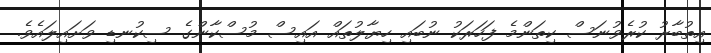
އިތުބާރު ކުރެވުނަސް ކިތަންމެ ފަހަރަކު ނުބައި ހިޔާލުތައް އައިސް މުސްކާންގެ ސިކުނޑި ވަށައިލައެވެ.